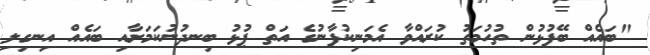
"ބައެއް ބޭފުޅުން ތުހުމަތު ކުރައްވާ އެމަނިކުފާނުގެ އަތް ޕުޅު ބިނދުނުކަމަށާއި ބައެއް އިނގިލި